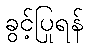
ခွင့်ပြုရန်